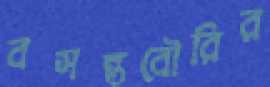
বসন্তবৌরির